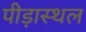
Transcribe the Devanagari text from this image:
पीड़ास्थल